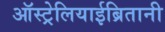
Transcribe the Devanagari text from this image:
ऑस्ट्रेलियाईब्रितानी